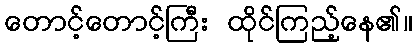
တောင့်တောင့်ကြီး ထိုင်ကြည့်နေ၏။